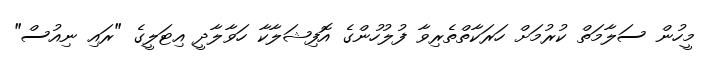
މީހުން ސަލާމަތް ކުރުމަށް ހަރަކާތްތެރިވާ ފުލުހުންގެ އޮފިޝަލާކާ ހަވާލާދީ އިޓަލީގެ "ރައި ނިއުސް"